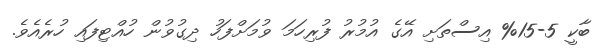
ބާކީ 5-15% އިސްތަށި އޭގެ އުމުރު ފުރިހަމަ ވުމަށްފަހު ދިގުވުން ހުއްޓިފައި ހުރެއެވެ.